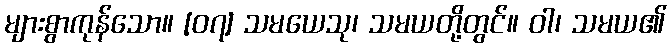
များစွာကုန်သော။ [၀၇] သမယေသု၊ သမယတို့တွင်။ ဝါ၊ သမယ၏